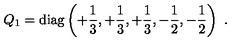
Q _ { 1 } = \mathrm { d i a g } \left( + { \frac { 1 } { 3 } } , + { \frac { 1 } { 3 } } , + { \frac { 1 } { 3 } } , - { \frac { 1 } { 2 } } , - { \frac { 1 } { 2 } } \right) \ .